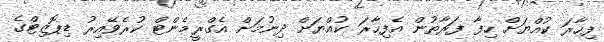
ފިހާރަ ކުއްޔަށް ހިފާ ފަރާތުން އެފިހާރަ ކުއްޔަށް ދިނުމަށް އެގްރީމެންޓް ކުރެވޭއިރު ޑިޕޮޒިޓްގެ